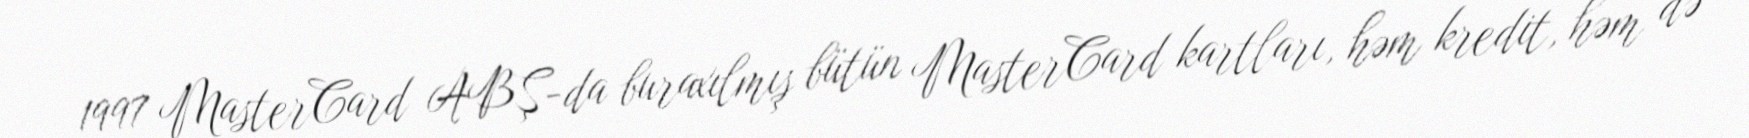
1997 MasterCard ABŞ-da buraxılmış bütün MasterCard kartları, həm kredit, həm də